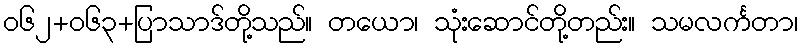
၀၆၂+၀၆၃+ပြာသာဒ်တို့သည်။ တယော၊ သုံးဆောင်တို့တည်း။ သမလင်္ကတာ၊